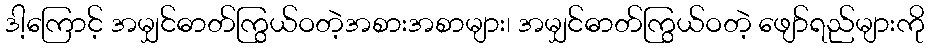
ဒါ့ကြောင့် အမျှင်ဓာတ်ကြွယ်ဝတဲ့အစားအစာများ၊ အမျှင်ဓာတ်ကြွယ်ဝတဲ့ ဖျော်ရည်များကို